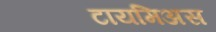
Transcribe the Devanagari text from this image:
टायमिअस